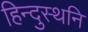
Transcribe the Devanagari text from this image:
हिन्दुस्थनि